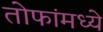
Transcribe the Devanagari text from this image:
तोफांमध्ये